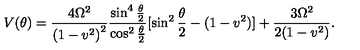
V ( \theta ) = \frac { 4 \Omega ^ { 2 } } { { ( 1 - v ^ { 2 } ) } ^ { 2 } } \frac { \sin ^ { 4 } \frac { \theta } { 2 } } { \cos ^ { 2 } \frac { \theta } { 2 } } [ \sin ^ { 2 } \frac { \theta } { 2 } - ( 1 - v ^ { 2 } ) ] + \frac { 3 \Omega ^ { 2 } } { 2 ( 1 - v ^ { 2 } ) } .